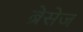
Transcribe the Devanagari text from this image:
ब्रेसेज